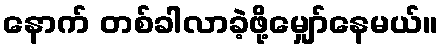
နောက် တစ်ခါလာခဲ့ဖို့မျှော်နေမယ်။